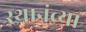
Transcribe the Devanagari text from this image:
स्थानंच्या